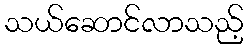
သယ်ဆောင်လာသည့်